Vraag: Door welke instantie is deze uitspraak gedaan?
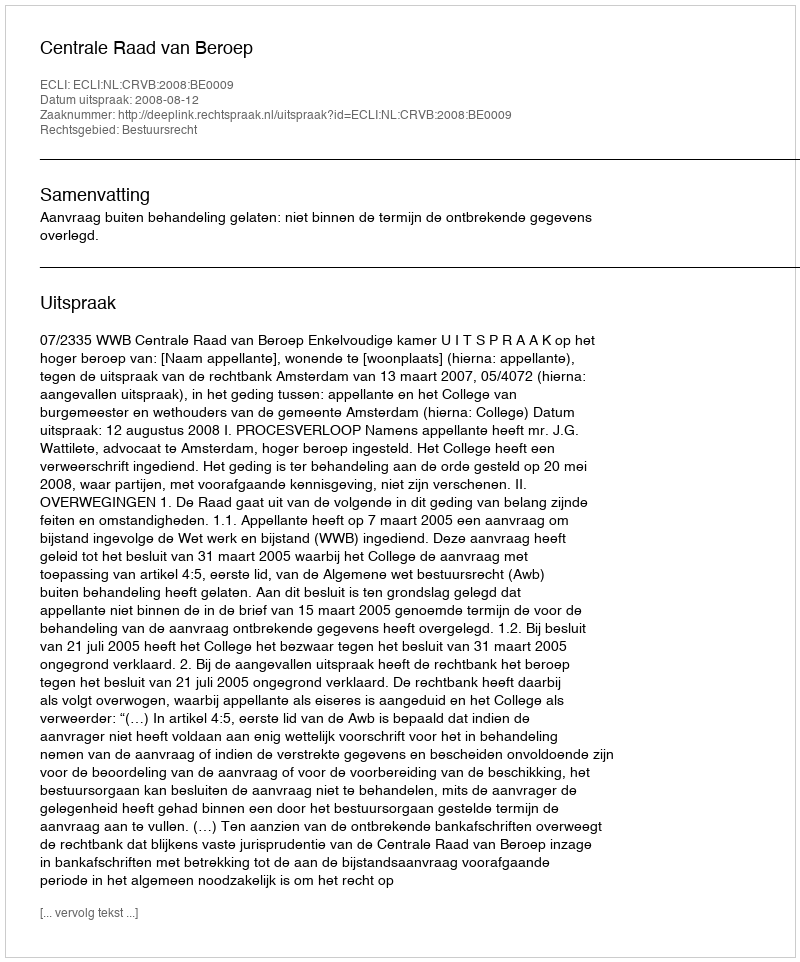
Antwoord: Centrale Raad van Beroep